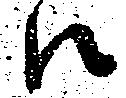
江